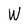
Character: W